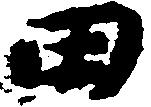
田